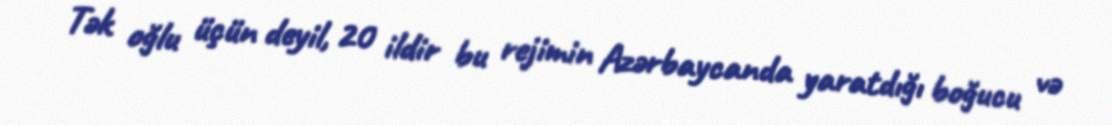
Tək oğlu üçün deyil, 20 ildir bu rejimin Azərbaycanda yaratdığı boğucu və